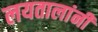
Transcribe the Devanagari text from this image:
लयतालांनी